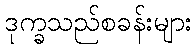
ဒုက္ခသည်စခန်းများ